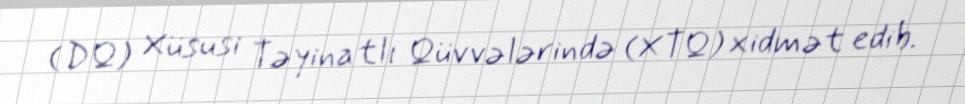
(DQ) Xüsusi Təyinatlı Qüvvələrində (XTQ) xidmət edib.